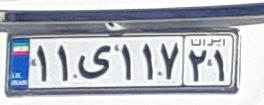
۱۱ی۱۱۷۲۱